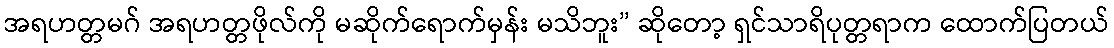
အရဟတ္တမဂ် အရဟတ္တဖိုလ်ကို မဆိုက်ရောက်မှန်း မသိဘူး” ဆိုတော့ ရှင်သာရိပုတ္တရာက ထောက်ပြတယ်